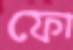
ফো